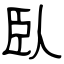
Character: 臥